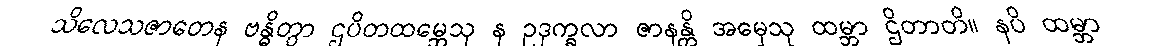
သိလေသဇာတေန ဗန္ဓိတွာ ဌပိတထမ္ဘေသု န ဥဒုက္ခလာ ဇာနန္တိ အမှေသု ထမ္ဘာ ဌိတာတိ။ နပိ ထမ္ဘာ